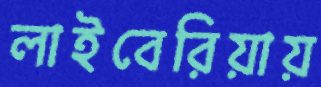
লাইবেরিয়ায়